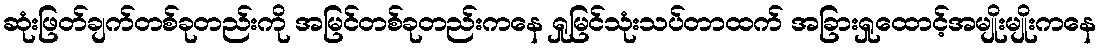
ဆုံးဖြတ်ချက်တစ်ခုတည်းကို အမြင်တစ်ခုတည်းကနေ ရှုမြင်သုံးသပ်တာထက် အခြားရှုထောင့်အမျိုးမျိုးကနေ